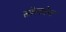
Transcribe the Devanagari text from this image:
सोलवेन्ट